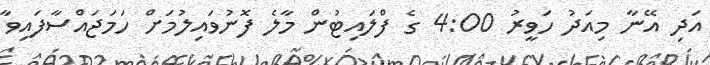
އަދި އޭނާ މިއަދު ހަވީރު 4:00 ގެ ފްލައިޓުން މާލެ ފޮނުވައިލުމަށް ހަމަޖައްސާފައިވާ